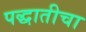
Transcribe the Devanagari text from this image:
पद्धातीचा